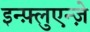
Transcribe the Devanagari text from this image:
इन्फ़्लुएन्ज़े